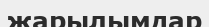
жарылымдар